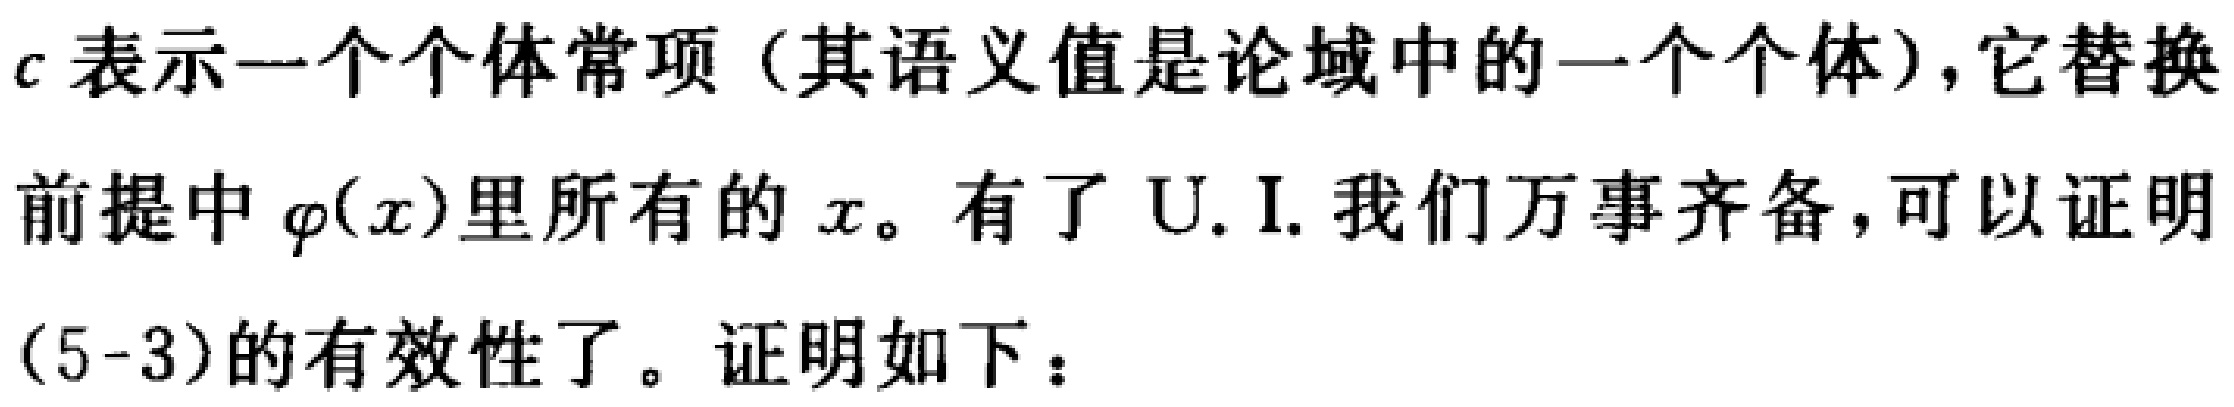
$c$表示一个个体常项（其语义值是论域中的一个个体），它替换前提中$\varphi(x)$里所有的$x$。有了U. I. 我们万事齐备，可以证明(5-3)的有效性了。证明如下：